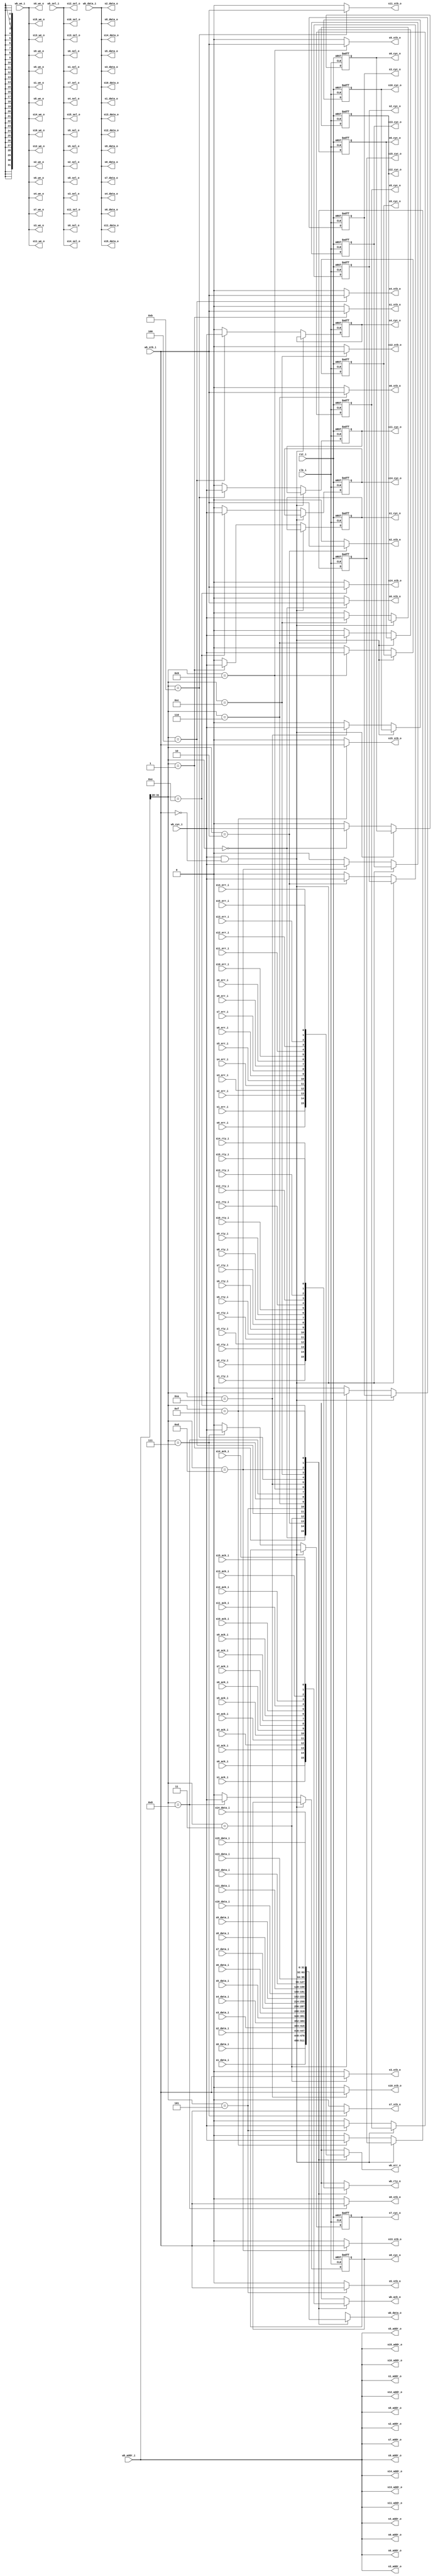
/////////////////////////////////////////////////////////////////////
////                                                             ////
////  WISHBONE Connection Matrix Master Interface                ////
////                                                             ////
////                                                             ////
////          rudi@asics.ws                                      ////
////                                                             ////
////                                                             ////
////  Downloaded from: http://www.opencores.org/cores/wb_conmax/ ////
////                                                             ////
/////////////////////////////////////////////////////////////////////
////                                                             ////
//// Copyright (C) 2000-2002 Rudolf Usselmann                    ////
////                         www.asics.ws                        ////
////                         rudi@asics.ws                       ////
////                                                             ////
//// This source file may be used and distributed without        ////
//// restriction provided that this copyright statement is not   ////
//// removed from the file and that any derivative work contains ////
//// the original copyright notice and the associated disclaimer.////
////                                                             ////
////     THIS SOFTWARE IS PROVIDED ``AS IS'' AND WITHOUT ANY     ////
//// EXPRESS OR IMPLIED WARRANTIES, INCLUDING, BUT NOT LIMITED   ////
//// TO, THE IMPLIED WARRANTIES OF MERCHANTABILITY AND FITNESS   ////
//// FOR A PARTICULAR PURPOSE. IN NO EVENT SHALL THE AUTHOR      ////
//// OR CONTRIBUTORS BE LIABLE FOR ANY DIRECT, INDIRECT,         ////
//// INCIDENTAL, SPECIAL, EXEMPLARY, OR CONSEQUENTIAL DAMAGES    ////
//// (INCLUDING, BUT NOT LIMITED TO, PROCUREMENT OF SUBSTITUTE   ////
//// GOODS OR SERVICES; LOSS OF USE, DATA, OR PROFITS; OR        ////
//// BUSINESS INTERRUPTION) HOWEVER CAUSED AND ON ANY THEORY OF  ////
//// LIABILITY, WHETHER IN  CONTRACT, STRICT LIABILITY, OR TORT  ////
//// (INCLUDING NEGLIGENCE OR OTHERWISE) ARISING IN ANY WAY OUT  ////
//// OF THE USE OF THIS SOFTWARE, EVEN IF ADVISED OF THE         ////
//// POSSIBILITY OF SUCH DAMAGE.                                 ////
////                                                             ////
/////////////////////////////////////////////////////////////////////

//  CVS Log
//
//  $Id: wb_conmax_master_if.v,v 1.2 2002-10-03 05:40:07 rudi Exp $
//
//  $Date: 2002-10-03 05:40:07 $
//  $Revision: 1.2 $
//  $Author: rudi $
//  $Locker:  $
//  $State: Exp $
//
// Change History:
//               $Log: not supported by cvs2svn $
//               Revision 1.1.1.1  2001/10/19 11:01:41  rudi
//               WISHBONE CONMAX IP Core
//
//
//
//
//


module wb_conmax_master_if(

	clk_i, rst_i,

	// Master interface
	wb_data_i, wb_data_o, wb_addr_i, wb_sel_i, wb_we_i, wb_cyc_i,
	wb_stb_i, wb_ack_o, wb_err_o, wb_rty_o,

	// Slave 0 Interface
	s0_data_i, s0_data_o, s0_addr_o, s0_sel_o, s0_we_o, s0_cyc_o,
	s0_stb_o, s0_ack_i, s0_err_i, s0_rty_i,

	// Slave 1 Interface
	s1_data_i, s1_data_o, s1_addr_o, s1_sel_o, s1_we_o, s1_cyc_o,
	s1_stb_o, s1_ack_i, s1_err_i, s1_rty_i,

	// Slave 2 Interface
	s2_data_i, s2_data_o, s2_addr_o, s2_sel_o, s2_we_o, s2_cyc_o,
	s2_stb_o, s2_ack_i, s2_err_i, s2_rty_i,

	// Slave 3 Interface
	s3_data_i, s3_data_o, s3_addr_o, s3_sel_o, s3_we_o, s3_cyc_o,
	s3_stb_o, s3_ack_i, s3_err_i, s3_rty_i,

	// Slave 4 Interface
	s4_data_i, s4_data_o, s4_addr_o, s4_sel_o, s4_we_o, s4_cyc_o,
	s4_stb_o, s4_ack_i, s4_err_i, s4_rty_i,

	// Slave 5 Interface
	s5_data_i, s5_data_o, s5_addr_o, s5_sel_o, s5_we_o, s5_cyc_o,
	s5_stb_o, s5_ack_i, s5_err_i, s5_rty_i,

	// Slave 6 Interface
	s6_data_i, s6_data_o, s6_addr_o, s6_sel_o, s6_we_o, s6_cyc_o,
	s6_stb_o, s6_ack_i, s6_err_i, s6_rty_i,

	// Slave 7 Interface
	s7_data_i, s7_data_o, s7_addr_o, s7_sel_o, s7_we_o, s7_cyc_o,
	s7_stb_o, s7_ack_i, s7_err_i, s7_rty_i,

	// Slave 8 Interface
	s8_data_i, s8_data_o, s8_addr_o, s8_sel_o, s8_we_o, s8_cyc_o,
	s8_stb_o, s8_ack_i, s8_err_i, s8_rty_i,

	// Slave 9 Interface
	s9_data_i, s9_data_o, s9_addr_o, s9_sel_o, s9_we_o, s9_cyc_o,
	s9_stb_o, s9_ack_i, s9_err_i, s9_rty_i,

	// Slave 10 Interface
	s10_data_i, s10_data_o, s10_addr_o, s10_sel_o, s10_we_o, s10_cyc_o,
	s10_stb_o, s10_ack_i, s10_err_i, s10_rty_i,

	// Slave 11 Interface
	s11_data_i, s11_data_o, s11_addr_o, s11_sel_o, s11_we_o, s11_cyc_o,
	s11_stb_o, s11_ack_i, s11_err_i, s11_rty_i,

	// Slave 12 Interface
	s12_data_i, s12_data_o, s12_addr_o, s12_sel_o, s12_we_o, s12_cyc_o,
	s12_stb_o, s12_ack_i, s12_err_i, s12_rty_i,

	// Slave 13 Interface
	s13_data_i, s13_data_o, s13_addr_o, s13_sel_o, s13_we_o, s13_cyc_o,
	s13_stb_o, s13_ack_i, s13_err_i, s13_rty_i,

	// Slave 14 Interface
	s14_data_i, s14_data_o, s14_addr_o, s14_sel_o, s14_we_o, s14_cyc_o,
	s14_stb_o, s14_ack_i, s14_err_i, s14_rty_i,

	// Slave 15 Interface
	s15_data_i, s15_data_o, s15_addr_o, s15_sel_o, s15_we_o, s15_cyc_o,
	s15_stb_o, s15_ack_i, s15_err_i, s15_rty_i
	);

////////////////////////////////////////////////////////////////////
//
// Module Parameters
//

parameter		dw	= 32;		// Data bus Width
parameter		aw	= 32;		// Address bus Width
parameter		sw	= dw / 8;	// Number of Select Lines

////////////////////////////////////////////////////////////////////
//
// Module IOs
//

input			clk_i, rst_i;

// Master Interface
input	[dw-1:0]	wb_data_i;
output	[dw-1:0]	wb_data_o;
input	[aw-1:0]	wb_addr_i;
input	[sw-1:0]	wb_sel_i;
input			wb_we_i;
input			wb_cyc_i;
input			wb_stb_i;
output			wb_ack_o;
output			wb_err_o;
output			wb_rty_o;

// Slave 0 Interface
input	[dw-1:0]	s0_data_i;
output	[dw-1:0]	s0_data_o;
output	[aw-1:0]	s0_addr_o;
output	[sw-1:0]	s0_sel_o;
output			s0_we_o;
output			s0_cyc_o;
output			s0_stb_o;
input			s0_ack_i;
input			s0_err_i;
input			s0_rty_i;

// Slave 1 Interface
input	[dw-1:0]	s1_data_i;
output	[dw-1:0]	s1_data_o;
output	[aw-1:0]	s1_addr_o;
output	[sw-1:0]	s1_sel_o;
output			s1_we_o;
output			s1_cyc_o;
output			s1_stb_o;
input			s1_ack_i;
input			s1_err_i;
input			s1_rty_i;

// Slave 2 Interface
input	[dw-1:0]	s2_data_i;
output	[dw-1:0]	s2_data_o;
output	[aw-1:0]	s2_addr_o;
output	[sw-1:0]	s2_sel_o;
output			s2_we_o;
output			s2_cyc_o;
output			s2_stb_o;
input			s2_ack_i;
input			s2_err_i;
input			s2_rty_i;

// Slave 3 Interface
input	[dw-1:0]	s3_data_i;
output	[dw-1:0]	s3_data_o;
output	[aw-1:0]	s3_addr_o;
output	[sw-1:0]	s3_sel_o;
output			s3_we_o;
output			s3_cyc_o;
output			s3_stb_o;
input			s3_ack_i;
input			s3_err_i;
input			s3_rty_i;

// Slave 4 Interface
input	[dw-1:0]	s4_data_i;
output	[dw-1:0]	s4_data_o;
output	[aw-1:0]	s4_addr_o;
output	[sw-1:0]	s4_sel_o;
output			s4_we_o;
output			s4_cyc_o;
output			s4_stb_o;
input			s4_ack_i;
input			s4_err_i;
input			s4_rty_i;

// Slave 5 Interface
input	[dw-1:0]	s5_data_i;
output	[dw-1:0]	s5_data_o;
output	[aw-1:0]	s5_addr_o;
output	[sw-1:0]	s5_sel_o;
output			s5_we_o;
output			s5_cyc_o;
output			s5_stb_o;
input			s5_ack_i;
input			s5_err_i;
input			s5_rty_i;

// Slave 6 Interface
input	[dw-1:0]	s6_data_i;
output	[dw-1:0]	s6_data_o;
output	[aw-1:0]	s6_addr_o;
output	[sw-1:0]	s6_sel_o;
output			s6_we_o;
output			s6_cyc_o;
output			s6_stb_o;
input			s6_ack_i;
input			s6_err_i;
input			s6_rty_i;

// Slave 7 Interface
input	[dw-1:0]	s7_data_i;
output	[dw-1:0]	s7_data_o;
output	[aw-1:0]	s7_addr_o;
output	[sw-1:0]	s7_sel_o;
output			s7_we_o;
output			s7_cyc_o;
output			s7_stb_o;
input			s7_ack_i;
input			s7_err_i;
input			s7_rty_i;

// Slave 8 Interface
input	[dw-1:0]	s8_data_i;
output	[dw-1:0]	s8_data_o;
output	[aw-1:0]	s8_addr_o;
output	[sw-1:0]	s8_sel_o;
output			s8_we_o;
output			s8_cyc_o;
output			s8_stb_o;
input			s8_ack_i;
input			s8_err_i;
input			s8_rty_i;

// Slave 9 Interface
input	[dw-1:0]	s9_data_i;
output	[dw-1:0]	s9_data_o;
output	[aw-1:0]	s9_addr_o;
output	[sw-1:0]	s9_sel_o;
output			s9_we_o;
output			s9_cyc_o;
output			s9_stb_o;
input			s9_ack_i;
input			s9_err_i;
input			s9_rty_i;

// Slave 10 Interface
input	[dw-1:0]	s10_data_i;
output	[dw-1:0]	s10_data_o;
output	[aw-1:0]	s10_addr_o;
output	[sw-1:0]	s10_sel_o;
output			s10_we_o;
output			s10_cyc_o;
output			s10_stb_o;
input			s10_ack_i;
input			s10_err_i;
input			s10_rty_i;

// Slave 11 Interface
input	[dw-1:0]	s11_data_i;
output	[dw-1:0]	s11_data_o;
output	[aw-1:0]	s11_addr_o;
output	[sw-1:0]	s11_sel_o;
output			s11_we_o;
output			s11_cyc_o;
output			s11_stb_o;
input			s11_ack_i;
input			s11_err_i;
input			s11_rty_i;

// Slave 12 Interface
input	[dw-1:0]	s12_data_i;
output	[dw-1:0]	s12_data_o;
output	[aw-1:0]	s12_addr_o;
output	[sw-1:0]	s12_sel_o;
output			s12_we_o;
output			s12_cyc_o;
output			s12_stb_o;
input			s12_ack_i;
input			s12_err_i;
input			s12_rty_i;

// Slave 13 Interface
input	[dw-1:0]	s13_data_i;
output	[dw-1:0]	s13_data_o;
output	[aw-1:0]	s13_addr_o;
output	[sw-1:0]	s13_sel_o;
output			s13_we_o;
output			s13_cyc_o;
output			s13_stb_o;
input			s13_ack_i;
input			s13_err_i;
input			s13_rty_i;

// Slave 14 Interface
input	[dw-1:0]	s14_data_i;
output	[dw-1:0]	s14_data_o;
output	[aw-1:0]	s14_addr_o;
output	[sw-1:0]	s14_sel_o;
output			s14_we_o;
output			s14_cyc_o;
output			s14_stb_o;
input			s14_ack_i;
input			s14_err_i;
input			s14_rty_i;

// Slave 15 Interface
input	[dw-1:0]	s15_data_i;
output	[dw-1:0]	s15_data_o;
output	[aw-1:0]	s15_addr_o;
output	[sw-1:0]	s15_sel_o;
output			s15_we_o;
output			s15_cyc_o;
output			s15_stb_o;
input			s15_ack_i;
input			s15_err_i;
input			s15_rty_i;

////////////////////////////////////////////////////////////////////
//
// Local Wires
//

reg	[dw-1:0]	wb_data_o;
reg			wb_ack_o;
reg			wb_err_o;
reg			wb_rty_o;
wire	[3:0]		slv_sel;

wire		s0_cyc_o_next, s1_cyc_o_next, s2_cyc_o_next, s3_cyc_o_next;
wire		s4_cyc_o_next, s5_cyc_o_next, s6_cyc_o_next, s7_cyc_o_next;
wire		s8_cyc_o_next, s9_cyc_o_next, s10_cyc_o_next, s11_cyc_o_next;
wire		s12_cyc_o_next, s13_cyc_o_next, s14_cyc_o_next, s15_cyc_o_next;

reg		s0_cyc_o, s1_cyc_o, s2_cyc_o, s3_cyc_o;
reg		s4_cyc_o, s5_cyc_o, s6_cyc_o, s7_cyc_o;
reg		s8_cyc_o, s9_cyc_o, s10_cyc_o, s11_cyc_o;
reg		s12_cyc_o, s13_cyc_o, s14_cyc_o, s15_cyc_o;

////////////////////////////////////////////////////////////////////
//
// Select logic
//

assign slv_sel = wb_addr_i[aw-1:aw-4];

////////////////////////////////////////////////////////////////////
//
// Address & Data Pass
//

assign s0_addr_o = wb_addr_i;
assign s1_addr_o = wb_addr_i;
assign s2_addr_o = wb_addr_i;
assign s3_addr_o = wb_addr_i;
assign s4_addr_o = wb_addr_i;
assign s5_addr_o = wb_addr_i;
assign s6_addr_o = wb_addr_i;
assign s7_addr_o = wb_addr_i;
assign s8_addr_o = wb_addr_i;
assign s9_addr_o = wb_addr_i;
assign s10_addr_o = wb_addr_i;
assign s11_addr_o = wb_addr_i;
assign s12_addr_o = wb_addr_i;
assign s13_addr_o = wb_addr_i;
assign s14_addr_o = wb_addr_i;
assign s15_addr_o = wb_addr_i;

assign s0_sel_o = wb_sel_i;
assign s1_sel_o = wb_sel_i;
assign s2_sel_o = wb_sel_i;
assign s3_sel_o = wb_sel_i;
assign s4_sel_o = wb_sel_i;
assign s5_sel_o = wb_sel_i;
assign s6_sel_o = wb_sel_i;
assign s7_sel_o = wb_sel_i;
assign s8_sel_o = wb_sel_i;
assign s9_sel_o = wb_sel_i;
assign s10_sel_o = wb_sel_i;
assign s11_sel_o = wb_sel_i;
assign s12_sel_o = wb_sel_i;
assign s13_sel_o = wb_sel_i;
assign s14_sel_o = wb_sel_i;
assign s15_sel_o = wb_sel_i;

assign s0_data_o = wb_data_i;
assign s1_data_o = wb_data_i;
assign s2_data_o = wb_data_i;
assign s3_data_o = wb_data_i;
assign s4_data_o = wb_data_i;
assign s5_data_o = wb_data_i;
assign s6_data_o = wb_data_i;
assign s7_data_o = wb_data_i;
assign s8_data_o = wb_data_i;
assign s9_data_o = wb_data_i;
assign s10_data_o = wb_data_i;
assign s11_data_o = wb_data_i;
assign s12_data_o = wb_data_i;
assign s13_data_o = wb_data_i;
assign s14_data_o = wb_data_i;
assign s15_data_o = wb_data_i;

always @(slv_sel or s0_data_i or s1_data_i or s2_data_i or s3_data_i or
	s4_data_i or s5_data_i or s6_data_i or s7_data_i or s8_data_i or
	s9_data_i or s10_data_i or s11_data_i or s12_data_i or
	s13_data_i or s14_data_i or s15_data_i)
	case(slv_sel)	// synopsys parallel_case
	   4'd0:	wb_data_o = s0_data_i;
	   4'd1:	wb_data_o = s1_data_i;
	   4'd2:	wb_data_o = s2_data_i;
	   4'd3:	wb_data_o = s3_data_i;
	   4'd4:	wb_data_o = s4_data_i;
	   4'd5:	wb_data_o = s5_data_i;
	   4'd6:	wb_data_o = s6_data_i;
	   4'd7:	wb_data_o = s7_data_i;
	   4'd8:	wb_data_o = s8_data_i;
	   4'd9:	wb_data_o = s9_data_i;
	   4'd10:	wb_data_o = s10_data_i;
	   4'd11:	wb_data_o = s11_data_i;
	   4'd12:	wb_data_o = s12_data_i;
	   4'd13:	wb_data_o = s13_data_i;
	   4'd14:	wb_data_o = s14_data_i;
	   4'd15:	wb_data_o = s15_data_i;
	   default:	wb_data_o = {dw{1'bx}};
	endcase

////////////////////////////////////////////////////////////////////
//
// Control Signal Pass
//

assign s0_we_o = wb_we_i;
assign s1_we_o = wb_we_i;
assign s2_we_o = wb_we_i;
assign s3_we_o = wb_we_i;
assign s4_we_o = wb_we_i;
assign s5_we_o = wb_we_i;
assign s6_we_o = wb_we_i;
assign s7_we_o = wb_we_i;
assign s8_we_o = wb_we_i;
assign s9_we_o = wb_we_i;
assign s10_we_o = wb_we_i;
assign s11_we_o = wb_we_i;
assign s12_we_o = wb_we_i;
assign s13_we_o = wb_we_i;
assign s14_we_o = wb_we_i;
assign s15_we_o = wb_we_i;

assign s0_cyc_o_next = (wb_cyc_i & !wb_stb_i) ? s0_cyc_o : ((slv_sel==4'd0) ? wb_cyc_i : 1'b0);
assign s1_cyc_o_next = (wb_cyc_i & !wb_stb_i) ? s1_cyc_o : ((slv_sel==4'd1) ? wb_cyc_i : 1'b0);
assign s2_cyc_o_next = (wb_cyc_i & !wb_stb_i) ? s2_cyc_o : ((slv_sel==4'd2) ? wb_cyc_i : 1'b0);
assign s3_cyc_o_next = (wb_cyc_i & !wb_stb_i) ? s3_cyc_o : ((slv_sel==4'd3) ? wb_cyc_i : 1'b0);
assign s4_cyc_o_next = (wb_cyc_i & !wb_stb_i) ? s4_cyc_o : ((slv_sel==4'd4) ? wb_cyc_i : 1'b0);
assign s5_cyc_o_next = (wb_cyc_i & !wb_stb_i) ? s5_cyc_o : ((slv_sel==4'd5) ? wb_cyc_i : 1'b0);
assign s6_cyc_o_next = (wb_cyc_i & !wb_stb_i) ? s6_cyc_o : ((slv_sel==4'd6) ? wb_cyc_i : 1'b0);
assign s7_cyc_o_next = (wb_cyc_i & !wb_stb_i) ? s7_cyc_o : ((slv_sel==4'd7) ? wb_cyc_i : 1'b0);
assign s8_cyc_o_next = (wb_cyc_i & !wb_stb_i) ? s8_cyc_o : ((slv_sel==4'd8) ? wb_cyc_i : 1'b0);
assign s9_cyc_o_next = (wb_cyc_i & !wb_stb_i) ? s9_cyc_o : ((slv_sel==4'd9) ? wb_cyc_i : 1'b0);
assign s10_cyc_o_next = (wb_cyc_i & !wb_stb_i) ? s10_cyc_o : ((slv_sel==4'd10) ? wb_cyc_i : 1'b0);
assign s11_cyc_o_next = (wb_cyc_i & !wb_stb_i) ? s11_cyc_o : ((slv_sel==4'd11) ? wb_cyc_i : 1'b0);
assign s12_cyc_o_next = (wb_cyc_i & !wb_stb_i) ? s12_cyc_o : ((slv_sel==4'd12) ? wb_cyc_i : 1'b0);
assign s13_cyc_o_next = (wb_cyc_i & !wb_stb_i) ? s13_cyc_o : ((slv_sel==4'd13) ? wb_cyc_i : 1'b0);
assign s14_cyc_o_next = (wb_cyc_i & !wb_stb_i) ? s14_cyc_o : ((slv_sel==4'd14) ? wb_cyc_i : 1'b0);
assign s15_cyc_o_next = (wb_cyc_i & !wb_stb_i) ? s15_cyc_o : ((slv_sel==4'd15) ? wb_cyc_i : 1'b0);

always @(posedge clk_i or posedge rst_i) 
	if(rst_i)	s0_cyc_o <= #1 1'b0; 
	else		s0_cyc_o <= #1 s0_cyc_o_next; 

always @(posedge clk_i or posedge rst_i) 
	if(rst_i)	s1_cyc_o <= #1 1'b0; 
	else		s1_cyc_o <= #1 s1_cyc_o_next; 

always @(posedge clk_i or posedge rst_i) 
	if(rst_i)	s2_cyc_o <= #1 1'b0; 
	else		s2_cyc_o <= #1 s2_cyc_o_next; 

always @(posedge clk_i or posedge rst_i) 
	if(rst_i)	s3_cyc_o <= #1 1'b0; 
	else		s3_cyc_o <= #1 s3_cyc_o_next; 

always @(posedge clk_i or posedge rst_i) 
	if(rst_i)	s4_cyc_o <= #1 1'b0; 
	else		s4_cyc_o <= #1 s4_cyc_o_next; 

always @(posedge clk_i or posedge rst_i) 
	if(rst_i)	s5_cyc_o <= #1 1'b0; 
	else		s5_cyc_o <= #1 s5_cyc_o_next; 

always @(posedge clk_i or posedge rst_i) 
	if(rst_i)	s6_cyc_o <= #1 1'b0; 
	else		s6_cyc_o <= #1 s6_cyc_o_next; 

always @(posedge clk_i or posedge rst_i) 
	if(rst_i)	s7_cyc_o <= #1 1'b0; 
	else		s7_cyc_o <= #1 s7_cyc_o_next; 

always @(posedge clk_i or posedge rst_i) 
	if(rst_i)	s8_cyc_o <= #1 1'b0; 
	else		s8_cyc_o <= #1 s8_cyc_o_next; 

always @(posedge clk_i or posedge rst_i) 
	if(rst_i)	s9_cyc_o <= #1 1'b0; 
	else		s9_cyc_o <= #1 s9_cyc_o_next; 

always @(posedge clk_i or posedge rst_i) 
	if(rst_i)	s10_cyc_o <= #1 1'b0; 
	else		s10_cyc_o <= #1 s10_cyc_o_next; 

always @(posedge clk_i or posedge rst_i) 
	if(rst_i)	s11_cyc_o <= #1 1'b0; 
	else		s11_cyc_o <= #1 s11_cyc_o_next; 

always @(posedge clk_i or posedge rst_i) 
	if(rst_i)	s12_cyc_o <= #1 1'b0; 
	else		s12_cyc_o <= #1 s12_cyc_o_next; 

always @(posedge clk_i or posedge rst_i) 
	if(rst_i)	s13_cyc_o <= #1 1'b0; 
	else		s13_cyc_o <= #1 s13_cyc_o_next; 

always @(posedge clk_i or posedge rst_i) 
	if(rst_i)	s14_cyc_o <= #1 1'b0; 
	else		s14_cyc_o <= #1 s14_cyc_o_next; 

always @(posedge clk_i or posedge rst_i) 
	if(rst_i)	s15_cyc_o <= #1 1'b0; 
	else		s15_cyc_o <= #1 s15_cyc_o_next; 

assign s0_stb_o = (slv_sel==4'd0) ? wb_stb_i : 1'b0;
assign s1_stb_o = (slv_sel==4'd1) ? wb_stb_i : 1'b0;
assign s2_stb_o = (slv_sel==4'd2) ? wb_stb_i : 1'b0;
assign s3_stb_o = (slv_sel==4'd3) ? wb_stb_i : 1'b0;
assign s4_stb_o = (slv_sel==4'd4) ? wb_stb_i : 1'b0;
assign s5_stb_o = (slv_sel==4'd5) ? wb_stb_i : 1'b0;
assign s6_stb_o = (slv_sel==4'd6) ? wb_stb_i : 1'b0;
assign s7_stb_o = (slv_sel==4'd7) ? wb_stb_i : 1'b0;
assign s8_stb_o = (slv_sel==4'd8) ? wb_stb_i : 1'b0;
assign s9_stb_o = (slv_sel==4'd9) ? wb_stb_i : 1'b0;
assign s10_stb_o = (slv_sel==4'd10) ? wb_stb_i : 1'b0;
assign s11_stb_o = (slv_sel==4'd11) ? wb_stb_i : 1'b0;
assign s12_stb_o = (slv_sel==4'd12) ? wb_stb_i : 1'b0;
assign s13_stb_o = (slv_sel==4'd13) ? wb_stb_i : 1'b0;
assign s14_stb_o = (slv_sel==4'd14) ? wb_stb_i : 1'b0;
assign s15_stb_o = (slv_sel==4'd15) ? wb_stb_i : 1'b0;

always @(slv_sel or s0_ack_i or s1_ack_i or s2_ack_i or s3_ack_i or
	s4_ack_i or s5_ack_i or s6_ack_i or s7_ack_i or s8_ack_i or
	s9_ack_i or s10_ack_i or s11_ack_i or s12_ack_i or
	s13_ack_i or s14_ack_i or s15_ack_i)
	case(slv_sel)	// synopsys parallel_case
	   4'd0:	wb_ack_o = s0_ack_i;
	   4'd1:	wb_ack_o = s1_ack_i;
	   4'd2:	wb_ack_o = s2_ack_i;
	   4'd3:	wb_ack_o = s3_ack_i;
	   4'd4:	wb_ack_o = s4_ack_i;
	   4'd5:	wb_ack_o = s5_ack_i;
	   4'd6:	wb_ack_o = s6_ack_i;
	   4'd7:	wb_ack_o = s7_ack_i;
	   4'd8:	wb_ack_o = s8_ack_i;
	   4'd9:	wb_ack_o = s9_ack_i;
	   4'd10:	wb_ack_o = s10_ack_i;
	   4'd11:	wb_ack_o = s11_ack_i;
	   4'd12:	wb_ack_o = s12_ack_i;
	   4'd13:	wb_ack_o = s13_ack_i;
	   4'd14:	wb_ack_o = s14_ack_i;
	   4'd15:	wb_ack_o = s15_ack_i;
	   default:	wb_ack_o = 1'b0;
	endcase

always @(slv_sel or s0_err_i or s1_err_i or s2_err_i or s3_err_i or
	s4_err_i or s5_err_i or s6_err_i or s7_err_i or s8_err_i or
	s9_err_i or s10_err_i or s11_err_i or s12_err_i or
	s13_err_i or s14_err_i or s15_err_i)
	case(slv_sel)	// synopsys parallel_case
	   4'd0:	wb_err_o = s0_err_i;
	   4'd1:	wb_err_o = s1_err_i;
	   4'd2:	wb_err_o = s2_err_i;
	   4'd3:	wb_err_o = s3_err_i;
	   4'd4:	wb_err_o = s4_err_i;
	   4'd5:	wb_err_o = s5_err_i;
	   4'd6:	wb_err_o = s6_err_i;
	   4'd7:	wb_err_o = s7_err_i;
	   4'd8:	wb_err_o = s8_err_i;
	   4'd9:	wb_err_o = s9_err_i;
	   4'd10:	wb_err_o = s10_err_i;
	   4'd11:	wb_err_o = s11_err_i;
	   4'd12:	wb_err_o = s12_err_i;
	   4'd13:	wb_err_o = s13_err_i;
	   4'd14:	wb_err_o = s14_err_i;
	   4'd15:	wb_err_o = s15_err_i;
	   default:	wb_err_o = 1'b0;
	endcase

always @(slv_sel or s0_rty_i or s1_rty_i or s2_rty_i or s3_rty_i or
	s4_rty_i or s5_rty_i or s6_rty_i or s7_rty_i or s8_rty_i or
	s9_rty_i or s10_rty_i or s11_rty_i or s12_rty_i or
	s13_rty_i or s14_rty_i or s15_rty_i)
	case(slv_sel)	// synopsys parallel_case
	   4'd0:	wb_rty_o = s0_rty_i;
	   4'd1:	wb_rty_o = s1_rty_i;
	   4'd2:	wb_rty_o = s2_rty_i;
	   4'd3:	wb_rty_o = s3_rty_i;
	   4'd4:	wb_rty_o = s4_rty_i;
	   4'd5:	wb_rty_o = s5_rty_i;
	   4'd6:	wb_rty_o = s6_rty_i;
	   4'd7:	wb_rty_o = s7_rty_i;
	   4'd8:	wb_rty_o = s8_rty_i;
	   4'd9:	wb_rty_o = s9_rty_i;
	   4'd10:	wb_rty_o = s10_rty_i;
	   4'd11:	wb_rty_o = s11_rty_i;
	   4'd12:	wb_rty_o = s12_rty_i;
	   4'd13:	wb_rty_o = s13_rty_i;
	   4'd14:	wb_rty_o = s14_rty_i;
	   4'd15:	wb_rty_o = s15_rty_i;
	   default:	wb_rty_o = 1'b0;
	endcase

endmodule